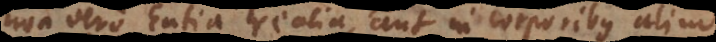
non vero Entia realia, aut in corporibus aliud